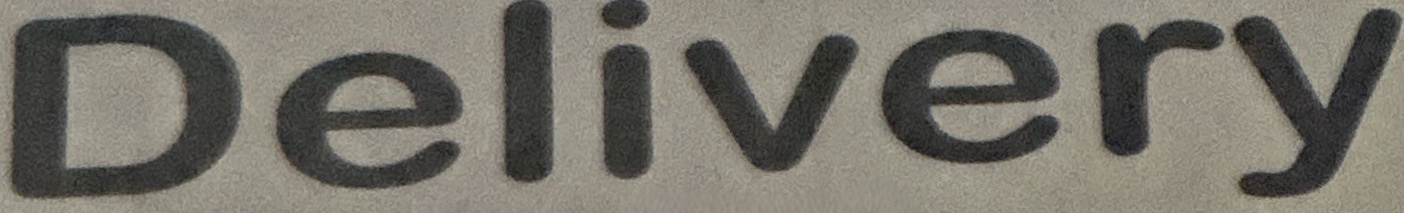
Delivery